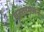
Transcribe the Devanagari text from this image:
गूस्ताफ्सन